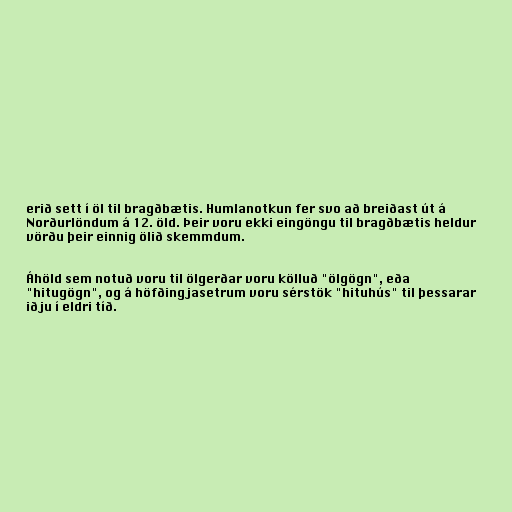
erið sett í öl til bragðbætis. Humlanotkun fer svo að breiðast út á
Norðurlöndum á 12. öld. Þeir voru ekki eingöngu til bragðbætis heldur
vörðu þeir einnig ölið skemmdum.

Áhöld sem notuð voru til ölgerðar voru kölluð "ölgögn", eða
"hitugögn", og á höfðingjasetrum voru sérstök "hituhús" til þessarar
iðju í eldri tíð.